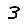
Digit: 3